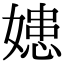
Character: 𡠛